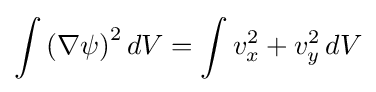
\int \left(\nabla \psi \right)^{2}dV=\int v_{x}^{2}+v_{y}^{2}\,dV